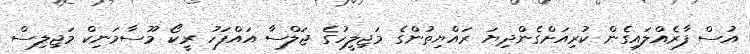
އުސް ފާރެއްލައިގެން ކުރިއަށްގެންދިޔަ ރައްޔިތުންގެ މަޖިލީހުގެ ޖަލްސާ އައްފަހު ރީކޯ މޫސާމަނިކް މަޖިލިސް